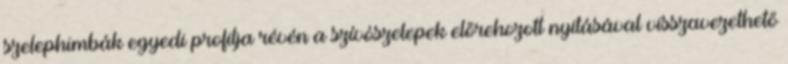
szelephimbák egyedi profilja révén a szívószelepek előrehozott nyitásával visszavezethető